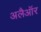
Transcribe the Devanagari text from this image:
अलैऑर